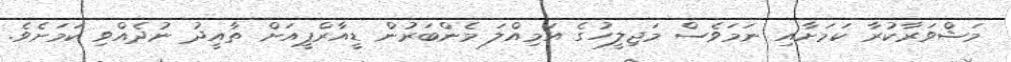
މަޝްވަރާކުރާ ކަމަށާއި ނަމަވެސް މަޖިލީހުގެ އަމިއްލަ މެންބަރުން ޑީއާރްޕީއަށް ތާއީދު ނުދެއްވި ކަމަށެވެ.